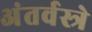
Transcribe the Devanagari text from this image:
अंतर्वस्त्रे